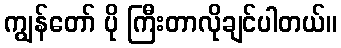
ကျွန်တော် ပို ကြီးတာလိုချင်ပါတယ်။